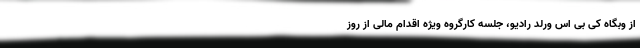
از وبگاه کی بی اس ورلد رادیو، جلسه کارگروه ویژه اقدام مالی از روز